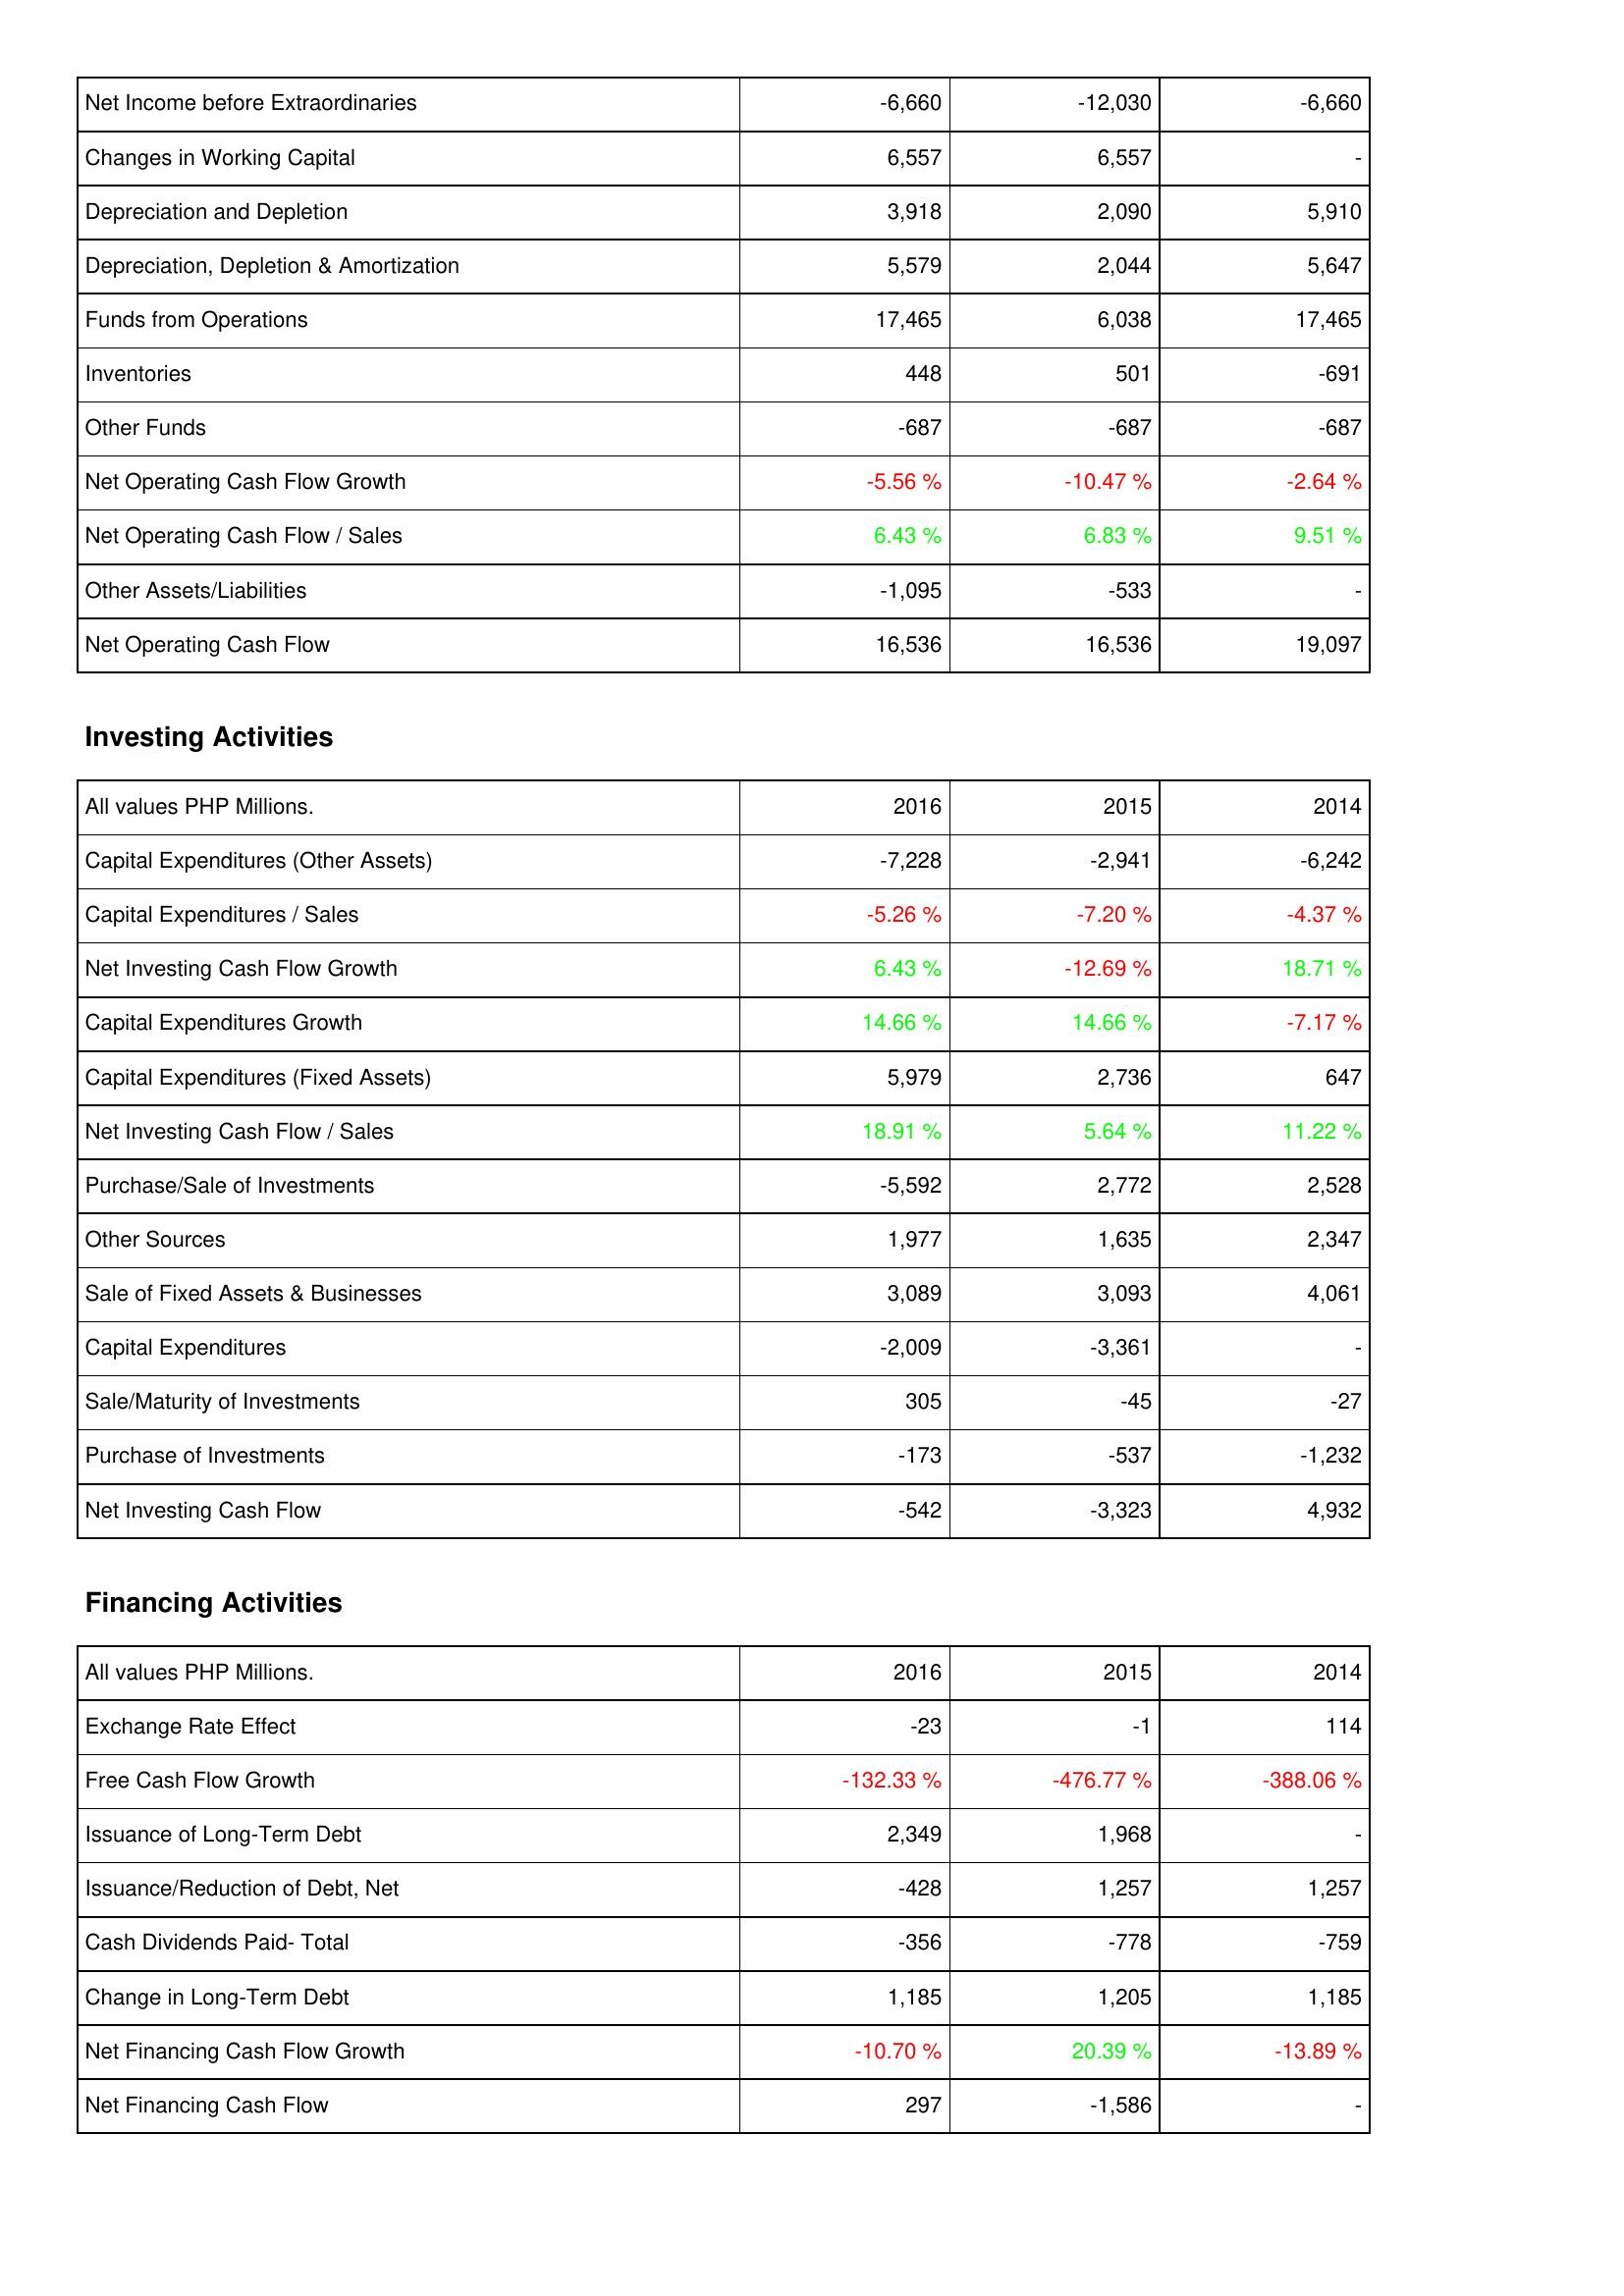
2016: Operating Activities: Net Income before Extraordinaries: -6,660
Changes in Working Capital: 6,557
Depreciation and Depletion: 3,918
Depreciation, Depletion & Amortization: 5,579
Funds from Operations: 17,465
Inventories: 448
Other Funds: -687
Net Operating Cash Flow Growth: -5.56 %
Net Operating Cash Flow / Sales: 6.43 %
Other Assets/Liabilities: -1,095
Net Operating Cash Flow: 16,536
Investing Activities: Capital Expenditures (Other Assets): -7,228
Capital Expenditures / Sales: -5.26 %
Net Investing Cash Flow Growth: 6.43 %
Capital Expenditures Growth: 14.66 %
Capital Expenditures (Fixed Assets): 5,979
Net Investing Cash Flow / Sales: 18.91 %
Purchase/Sale of Investments: -5,592
Other Sources: 1,977
Sale of Fixed Assets & Businesses: 3,089
Capital Expenditures: -2,009
Sale/Maturity of Investments: 305
Purchase of Investments: -173
Net Investing Cash Flow: -542
Financing Activities: Exchange Rate Effect: -23
Free Cash Flow Growth: -132.33 %
Issuance of Long-Term Debt: 2,349
Issuance/Reduction of Debt, Net: -428
Cash Dividends Paid- Total: -356
Change in Long-Term Debt: 1,185
Net Financing Cash Flow Growth: -10.70 %
Net Financing Cash Flow: 297
2015: Operating Activities: Net Income before Extraordinaries: -12,030
Changes in Working Capital: 6,557
Depreciation and Depletion: 2,090
Depreciation, Depletion & Amortization: 2,044
Funds from Operations: 6,038
Inventories: 501
Other Funds: -687
Net Operating Cash Flow Growth: -10.47 %
Net Operating Cash Flow / Sales: 6.83 %
Other Assets/Liabilities: -533
Net Operating Cash Flow: 16,536
Investing Activities: Capital Expenditures (Other Assets): -2,941
Capital Expenditures / Sales: -7.20 %
Net Investing Cash Flow Growth: -12.69 %
Capital Expenditures Growth: 14.66 %
Capital Expenditures (Fixed Assets): 2,736
Net Investing Cash Flow / Sales: 5.64 %
Purchase/Sale of Investments: 2,772
Other Sources: 1,635
Sale of Fixed Assets & Businesses: 3,093
Capital Expenditures: -3,361
Sale/Maturity of Investments: -45
Purchase of Investments: -537
Net Investing Cash Flow: -3,323
Financing Activities: Exchange Rate Effect: -1
Free Cash Flow Growth: -476.77 %
Issuance of Long-Term Debt: 1,968
Issuance/Reduction of Debt, Net: 1,257
Cash Dividends Paid- Total: -778
Change in Long-Term Debt: 1,205
Net Financing Cash Flow Growth: 20.39 %
Net Financing Cash Flow: -1,586
2014: Operating Activities: Net Income before Extraordinaries: -6,660
Changes in Working Capital: -
Depreciation and Depletion: 5,910
Depreciation, Depletion & Amortization: 5,647
Funds from Operations: 17,465
Inventories: -691
Other Funds: -687
Net Operating Cash Flow Growth: -2.64 %
Net Operating Cash Flow / Sales: 9.51 %
Other Assets/Liabilities: -
Net Operating Cash Flow: 19,097
Investing Activities: Capital Expenditures (Other Assets): -6,242
Capital Expenditures / Sales: -4.37 %
Net Investing Cash Flow Growth: 18.71 %
Capital Expenditures Growth: -7.17 %
Capital Expenditures (Fixed Assets): 647
Net Investing Cash Flow / Sales: 11.22 %
Purchase/Sale of Investments: 2,528
Other Sources: 2,347
Sale of Fixed Assets & Businesses: 4,061
Capital Expenditures: -
Sale/Maturity of Investments: -27
Purchase of Investments: -1,232
Net Investing Cash Flow: 4,932
Financing Activities: Exchange Rate Effect: 114
Free Cash Flow Growth: -388.06 %
Issuance of Long-Term Debt: -
Issuance/Reduction of Debt, Net: 1,257
Cash Dividends Paid- Total: -759
Change in Long-Term Debt: 1,185
Net Financing Cash Flow Growth: -13.89 %
Net Financing Cash Flow: -